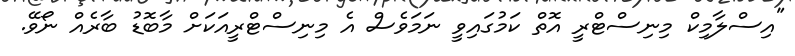
"އިސްލާމިކް މިނިސްޓްރީ އޮތް ކަމުގައިވީ ނަމަވެސް އެ މިނިސްޓްރީއަކަށް މާބޮޑު ބާރެއް ނޯވޭ.